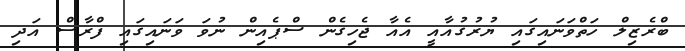
ބްރެޒިލް ހަތްވަނައިގައި ޔުރުގުއާއީ އެއާ ޖެހިގެން ސްޕެއިން ނުވަ ވަނައިގައި ފްރާސް އަދި